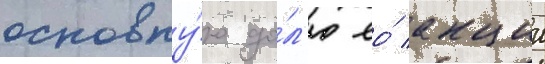
основну́ю до́л'ю ео́ акции